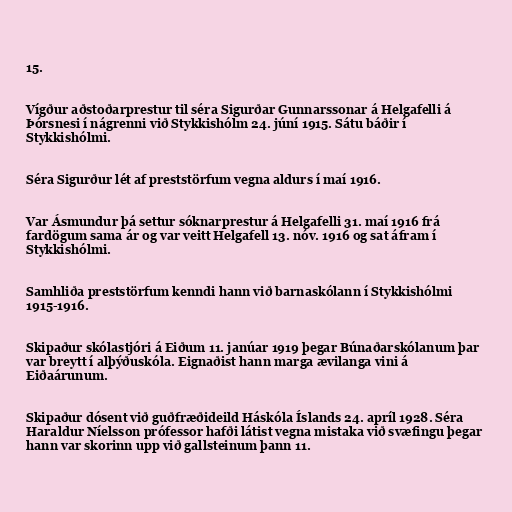
15.

Vígður aðstoðarprestur til séra Sigurðar Gunnarssonar á Helgafelli á
Þórsnesi í nágrenni við Stykkishólm 24. júní 1915. Sátu báðir í
Stykkishólmi.

Séra Sigurður lét af preststörfum vegna aldurs í maí 1916.

Var Ásmundur þá settur sóknarprestur á Helgafelli 31. maí 1916 frá
fardögum sama ár og var veitt Helgafell 13. nóv. 1916 og sat áfram í
Stykkishólmi.

Samhliða preststörfum kenndi hann við barnaskólann í Stykkishólmi
1915-1916.

Skipaður skólastjóri á Eiðum 11. janúar 1919 þegar Búnaðarskólanum þar
var breytt í alþýðuskóla. Eignaðist hann marga ævilanga vini á
Eiðaárunum.

Skipaður dósent við guðfræðideild Háskóla Íslands 24. apríl 1928. Séra
Haraldur Níelsson prófessor hafði látist vegna mistaka við svæfingu þegar
hann var skorinn upp við gallsteinum þann 11.